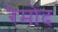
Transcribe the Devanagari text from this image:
रेमोंद